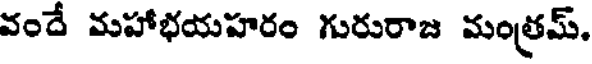
వందే మహాభయహరం గురురాజ మంత్రమ్,